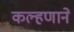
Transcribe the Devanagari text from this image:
कल्हणाने